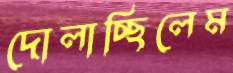
দোলাচ্ছিলেম